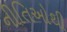
નીતિઓથી